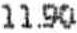
11.90